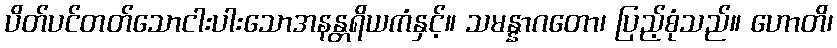
ပိတ်ပင်တတ်သောငါးပါးသောအနန္တရိယကံနှင့်။ သမန္နာဂတော၊ ပြည့်စုံသည်။ ဟောတိ၊